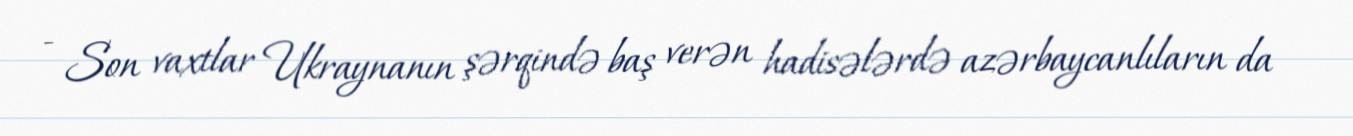
- Son vaxtlar Ukraynanın şərqində baş verən hadisələrdə azərbaycanlıların da